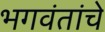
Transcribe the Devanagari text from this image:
भगवंतांचे